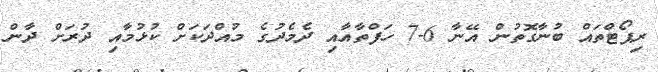
ރިޕޯޓްތައް ބުނާގޮތުން އޭނާ 6-7 ހަފްތާއާއި ދެމެދުގެ މުއްދަކަށް ކުޅުމާއި ދުރަށް ދާން